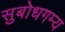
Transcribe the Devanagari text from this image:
सुबोधगम्य